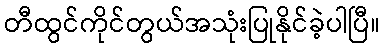
တီထွင်ကိုင်တွယ်အသုံးပြုနိုင်ခဲ့ပါပြီ။